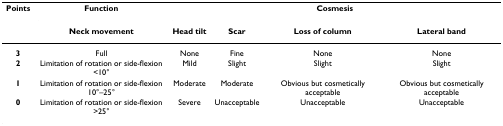
| Points | Function | <COLSPAN=4> Cosmesis |
 |  | Neck movement | Head tilt | Scar | Loss of column | Lateral band |
 | --- | --- | --- | --- | --- | --- |
 | 3 | Full | None | Fine | None | None |
 | 2 | Limitation of rotation or side-flexion <10° | Mild | Slight | Slight | Slight |
 | 1 | Limitation of rotation or side-flexion 10°–25° | Moderate | Moderate | Obvious but cosmetically acceptable | Obvious but cosmetically acceptable |
 | 0 | Limitation of rotation or side-flexion >25° | Severe | Unacceptable | Unacceptable | Unacceptable |